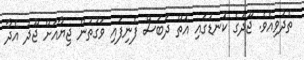
ތެދުވިއެވެ. ޖޫދުގެ ކޮނޑުގައި އޮތް ދަބަސް ފެނިފައި ވަގުތުން ޖިޔާއަށް ޖޫދު އެދާ